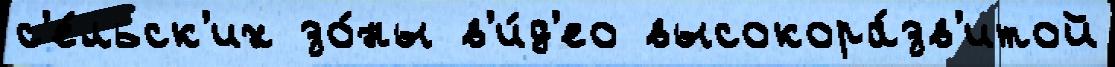
с'е́льск'их зо́ны в'и́д'ео высокора́зв'итой